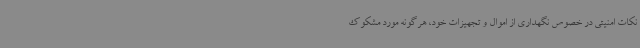
نکات امنیتی در خصوص نگهداری از اموال و تجهیزات خود، هرگونه مورد مشکوک